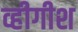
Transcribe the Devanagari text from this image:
व्हीगीश